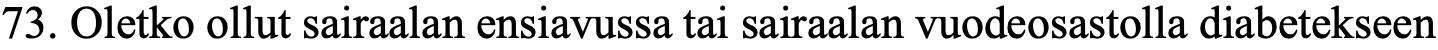
73. Oletko ollut sairaalan ensiavussa tai sairaalan vuodeosastolla diabetekseen